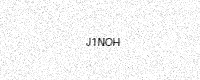
Text: J1NOH